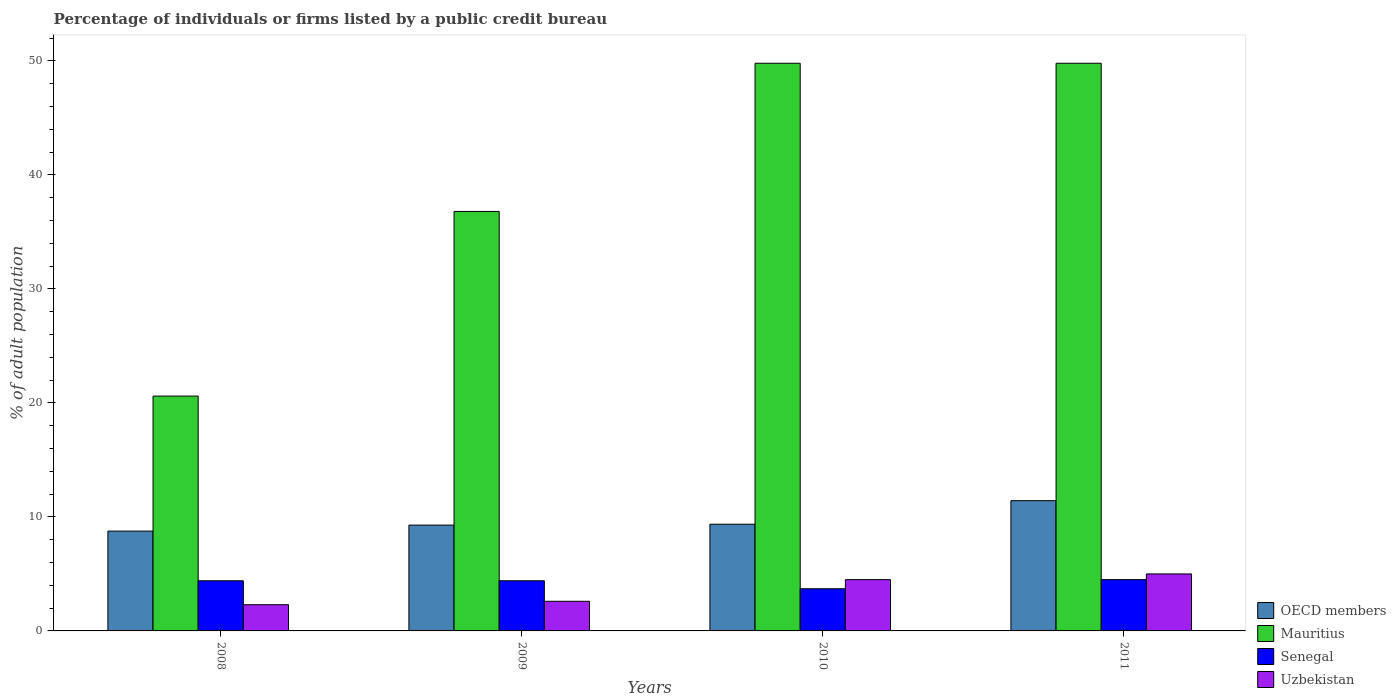
| Years | OECD members | Mauritius | Senegal | Uzbekistan |
 | --- | --- | --- | --- | --- |
 | 2008 | 8.76 | 20.6 | 4.4 | 2.3 |
 | 2009 | 9.28 | 36.8 | 4.4 | 2.6 |
 | 2010 | 9.36 | 49.8 | 3.7 | 4.5 |
 | 2011 | 11.4 | 49.8 | 4.5 | 5 |